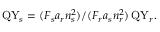
\mathrm { Q Y } _ { s } = ( F _ { s } a _ { r } n _ { s } ^ { 2 } ) / ( F _ { r } a _ { s } n _ { r } ^ { 2 } ) \, \mathrm { Q Y } _ { r } .